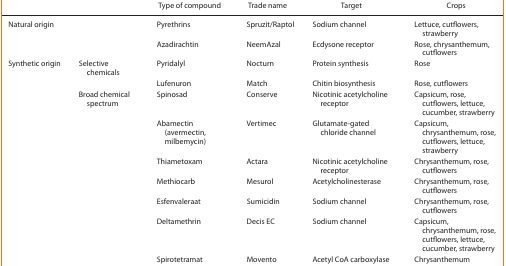
<table><thead><tr><td colspan="2"></td><td><b>Type of compound</b></td><td><b>Trade name</b></td><td><b>Target</b></td><td><b>Crops</b></td></tr></thead><tbody><tr><td rowspan="2">Natural origin</td><td rowspan="2"></td><td>Pyrethrins</td><td>Spruzit/Raptol</td><td>Sodium channel</td><td>Lettuce, cutflowers, strawberry</td></tr><tr><td>Azadirachtin</td><td>NeemAzal</td><td>Ecdysone receptor</td><td>Rose, chrysanthemum, cutflowers</td></tr><tr><td rowspan="9">Synthetic origin</td><td rowspan="2">Selective chemicals</td><td>Pyridalyl</td><td>Nocturn</td><td>Protein synthesis</td><td>Rose</td></tr><tr><td>Lufenuron</td><td>Match</td><td>Chitin biosynthesis</td><td>Rose, cutflowers</td></tr><tr><td rowspan="7">Broad chemical spectrum</td><td>Spinosad</td><td>Conserve</td><td>Nicotinic acetylcholine receptor</td><td>Capsicum, rose, cutflowers, lettuce, cucumber, strawberry</td></tr><tr><td>Abamectin (avermectin, milbemycin)</td><td>Vertimec</td><td>Glutamate‐gated chloride channel</td><td>Capsicum, chrysanthemum, rose, cutflowers, lettuce, strawberry</td></tr><tr><td>Thiametoxam</td><td>Actara</td><td>Nicotinic acetylcholine receptor</td><td>Chrysanthemum, rose, cutflowers</td></tr><tr><td>Methiocarb</td><td>Mesurol</td><td>Acetylcholinesterase</td><td>Chrysanthemum, rose, cutflowers</td></tr><tr><td>Esfenvaleraat</td><td>Sumicidin</td><td>Sodium channel</td><td>Chrysanthemum, rose, cutflowers</td></tr><tr><td>Deltamethrin</td><td>Decis EC</td><td>Sodium channel</td><td>Capsicum, chrysanthemum, rose, cutflowers, lettuce, cucumber, strawberry</td></tr><tr><td>Spirotetramat</td><td>Movento</td><td>Acetyl CoA carboxylase</td><td>Chrysanthemum</td></tr></tbody></table>